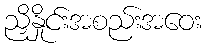
ညှိနှိုင်းအစည်းအဝေး